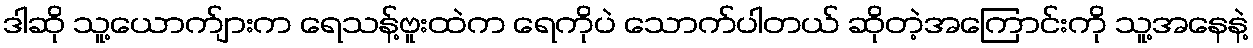
ဒါဆို သူ့ယောက်ျားက ရေသန့်ဗူးထဲက ရေကိုပဲ သောက်ပါတယ် ဆိုတဲ့အကြောင်းကို သူ့အနေနဲ့